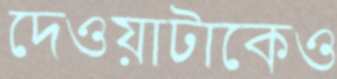
দেওয়াটাকেও